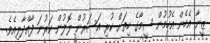
ޒީނާ އެހެން އެހުމުން ސީމާގެ ހިތަށް ކުރި އަސަރުން ލޮލުން ކަރުނަ ފާއްދާލިއެވެ.